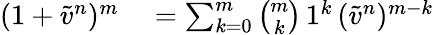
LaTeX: \begin{array}{rl}{(1+\tilde{v}^{n})^{m}}&{{}=\sum_{k=0}^{m}\binom{m}{k}\, 1^{k}\, (\tilde{v}^{n})^{m-k}}\end{array}